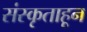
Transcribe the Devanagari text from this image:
संस्कृताहून